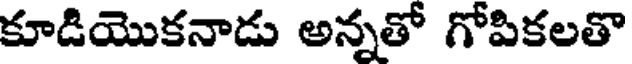
కూడియొకనాడు అన్నతో గోపికలతొ